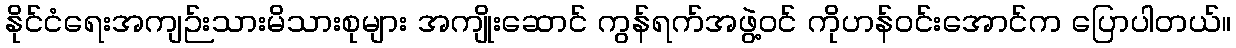
နိုင်ငံရေးအကျဉ်းသားမိသားစုများ အကျိုးဆောင် ကွန်ရက်အဖွဲ့ဝင် ကိုဟန်ဝင်းအောင်က ပြောပါတယ်။